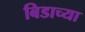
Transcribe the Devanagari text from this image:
बिडाच्या